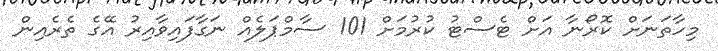
މިހާތަނަށް ކޮރޯނާ އަށް ޓެސްޓު ކުރުމަށް 101 ސާމްޕަލެއް ނަގާފައިވާއިރު އޭގެ ތެރެއިން